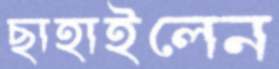
ছাহাইলেন